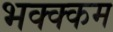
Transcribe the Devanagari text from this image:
भक्‍क्‍कम